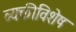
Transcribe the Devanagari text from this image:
व्यक्तीविशेष